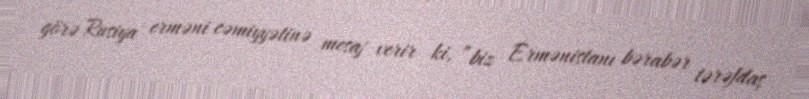
görə Rusiya erməni cəmiyyətinə mesaj verir ki, ”biz Ermənistanı bərabər tərəfdaş